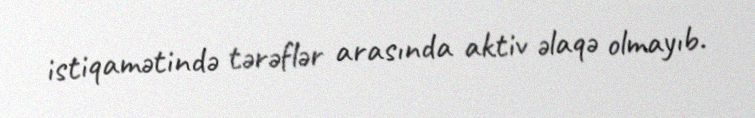
istiqamətində tərəflər arasında aktiv əlaqə olmayıb.